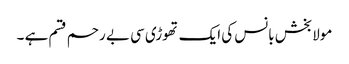
مولابخش بانس کی ایک تھوڑی سی بے رحم قسم ہے ۔